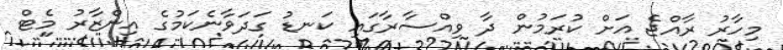
މިހާރު ރާއްޖެ އަށް ކުރަމުން ދާ ވިއްސާރާގައި ކަނޑު ގަދަވާނެކަމުގެ އިންޒާރު މެޓް